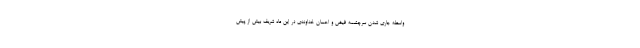
واسطه جاری شدن سرچشمه فیض و احسان خداوندی در این ماه شریف بیش از پیش